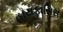
હાયફાસિસ